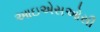
આઇએસઓસી